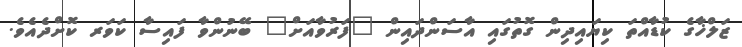
ޒަލްޚާގެ ކުޑާއްތަ ކިޔައިދިން ގޮތުގައި އާސަންދައިން "ފަރުވާއަށް" ބޭނުންވާ ފައިސާ ކަވަރ ކޮށްދެއެވެ.